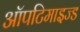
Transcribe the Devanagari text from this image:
ऑपटिमाइज्ड